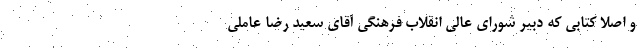
و اصلا کتابی که دبیر شورای عالی انقلاب فرهنگی آقای سعید رضا عاملی